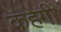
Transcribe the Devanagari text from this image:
कहेगी